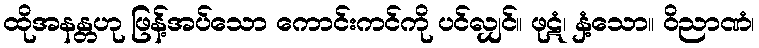
ထိုအနန္တဟု ဖြန့်အပ်သော ကောင်းကင်ကို ပင်လျှင်။ ဖုဋံ၊ နှံ့သော။ ဝိညာဏံ၊